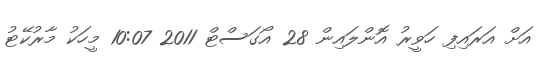
އަށް އަރައިފި ހަވީރު އޮންލައިން 28 އޯގަސްޓް 2011 10:07 މީހަކު މާރުކޭޓު